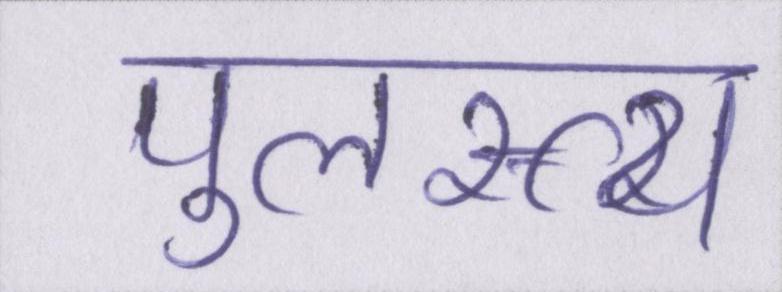
पुलस्त्य